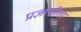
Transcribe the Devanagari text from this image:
प्रज्ञाशीला